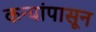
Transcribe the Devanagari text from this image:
कन्यांपासून